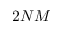
2 N M